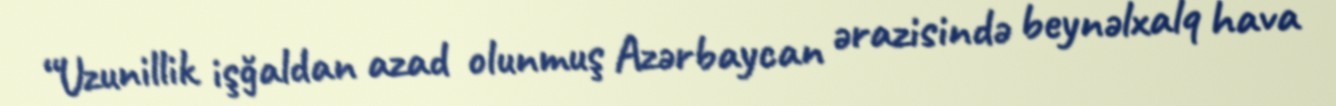
“Uzunillik işğaldan azad olunmuş Azərbaycan ərazisində beynəlxalq hava